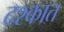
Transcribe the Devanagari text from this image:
दश्कात